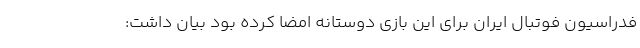
فدراسیون فوتبال ایران برای این بازی دوستانه امضا کرده بود بیان داشت:‌